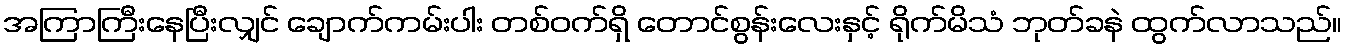
အကြာကြီးနေပြီးလျှင် ချောက်ကမ်းပါး တစ်ဝက်ရှိ တောင်စွန်းလေးနှင့် ရိုက်မိသံ ဘုတ်ခနဲ ထွက်လာသည်။